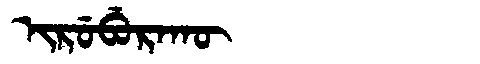
Manchu: ᡳᡵᡠᠪᡠᡵᠠᡴᡡ
Romanization: IRUBURAKŪ